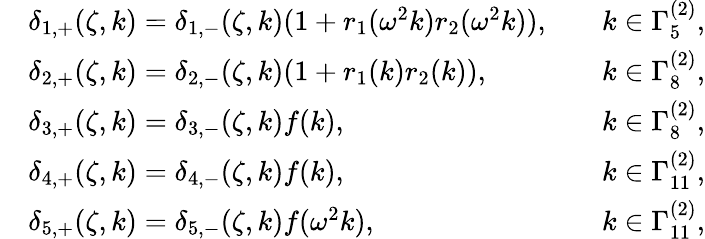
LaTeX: \begin{array}{rlrl}&{\delta_{1,+}(\zeta,k)=\delta_{1,-}(\zeta,k)(1+r_{1}(\omega^{2}k)r_{2}(\omega^{2}k)),}&&{k\in\Gamma_{5}^{(2)},}\\ &{\delta_{2,+}(\zeta,k)=\delta_{2,-}(\zeta,k)(1+r_{1}(k)r_{2}(k)),}&&{k\in\Gamma_{8}^{(2)},}\\ &{\delta_{3,+}(\zeta,k)=\delta_{3,-}(\zeta,k)f(k),}&&{k\in\Gamma_{8}^{(2)},}\\ &{\delta_{4,+}(\zeta,k)=\delta_{4,-}(\zeta,k)f(k),}&&{k\in\Gamma_{11}^{(2)},}\\ &{\delta_{5,+}(\zeta,k)=\delta_{5,-}(\zeta,k)f(\omega^{2}k),}&&{k\in\Gamma_{11}^{(2)},}\end{array}